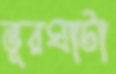
ভূরঘাটা